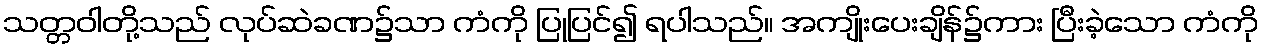
သတ္တဝါတို့သည် လုပ်ဆဲခဏ၌သာ ကံကို ပြုပြင်၍ ရပါသည်။ အကျိုးပေးချိန်၌ကား ပြီးခဲ့သော ကံကို